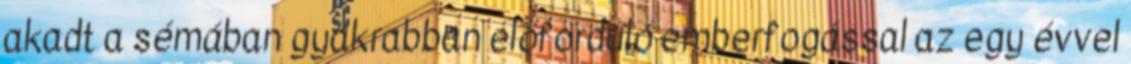
akadt a sémában gyakrabban előforduló emberfogással az egy évvel